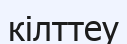
кілттеу